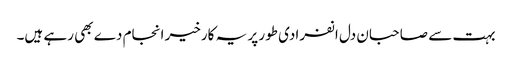
بہت سے صاحبان دل انفرادی طور پر یہ کارخیر انجام دے بھی رہے ہیں۔